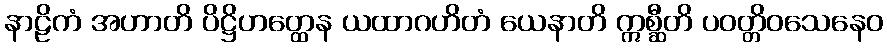
နာဠိကံ အဟာတိ ပိဋ္ဌိဟတ္ထေန ယထာဂဟိတံ ယေနာတိ ဣစ္ဆီတိ ပဝတ္တိဝသေနေဝ